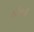
લોહડી